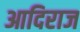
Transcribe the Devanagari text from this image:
आदिराज